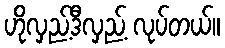
ဟိုလှည့်ဒီလှည့် လုပ်တယ်။